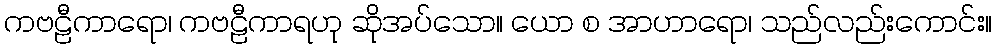
ကဗဠီကာရော၊ ကဗဠီကာရဟု ဆိုအပ်သော။ ယော စ အာဟာရော၊ သည်လည်းကောင်း။